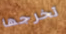
تخرجها